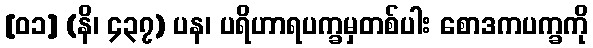
[၀၁] (နိ၊ ၄၃၇) ပန၊ ပရိဟာရပက္ခမှတစ်ပါး စောဒကပက္ခကို